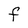
Character: F